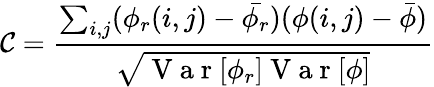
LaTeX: \mathcal{C}=\frac{\sum_{i,j}(\phi_{r}(i,j)-\bar{\phi_{r}})(\phi(i,j)-\bar{\phi})}{\sqrt{\mathrm{~V~a~r~}[\phi_{r}]\mathrm{~V~a~r~}[\phi]}}